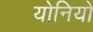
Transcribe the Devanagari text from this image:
योनियों